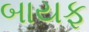
બાયફ